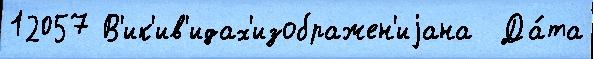
12057 В'ик'ив'идах'изображен'иjана  Да́та